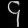
Digit: ၄